Plague in India, 1896, 1897 - Volume 1
Year: 1896
Disease focus: Plague
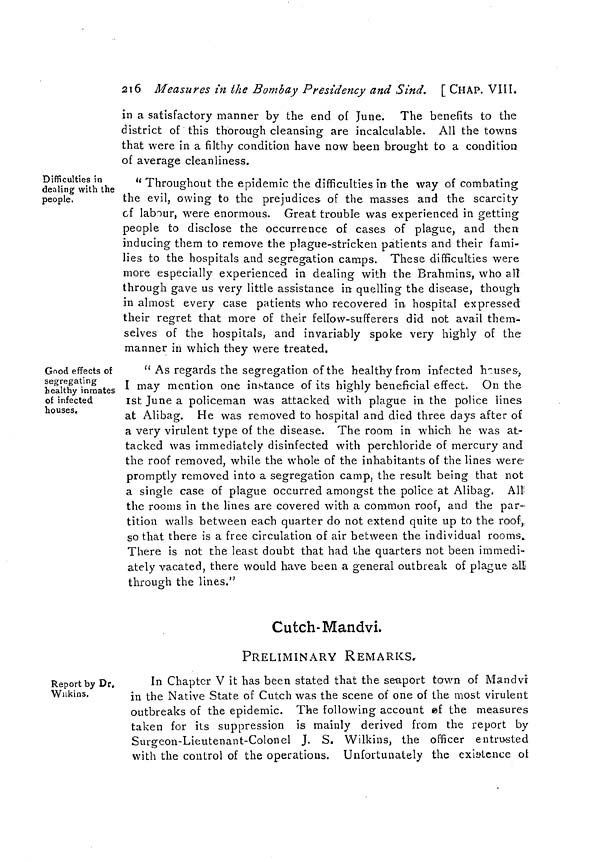
216 Measures in the Bombay Presidency and Sind. [CHAP. VIII.
in a satisfactory manner by the end of June. The benefits to the
district of this thorough cleansing are incalculable. All the towns
that were in a filthy condition have now been brought to a condition
of average cleanliness.
Difficulties in
dealing with the
people.
" Throughout the epidemic the difficulties in the way of combating
the evil, owing to the prejudices of the masses and the scarcity
of labour, were enormous. Great trouble was experienced in getting
people to disclose the occurrence of cases of plague, and then
inducing them to remove the plague-stricken patients and their fami-
lies to the hospitals and segregation camps. These difficulties were
more especially experienced in dealing with the Brahmins, who all
through gave us very little assistance in quelling the disease, though
in almost every case patients who recovered in hospital expressed
their regret that more of their fellow-sufferers did not avail them-
selves of the hospitals, and invariably spoke very highly of the
manner in which they were treated.
Good effects of
segregating
healthy inmates
of infected
houses.
"As regards the segregation of the healthy from infected houses,
I may mention one instance of its highly beneficial effect. On the
1st June a policeman was attacked with plague in the police lines
at Alibag. He was removed to hospital and died three days after of
a very virulent type of the disease. The room in which he was at-
tacked was immediately disinfected with perchloride of mercury and
the roof removed, while the whole of the inhabitants of the lines were
promptly removed into a segregation camp, the result being that not
a single case of plague occurred amongst the police at Alibag. All
the rooms in the lines are covered with a common roof, and the par-
tition walls between each quarter do not extend quite up to the roof,
so that there is a free circulation of air between the individual rooms.
There is not the least doubt that had the quarters not been immedi-
ately vacated, there would have been a general outbreak of plague all
through the lines."
Cutch-Mandvi.
PRELIMINARY REMARKS.
Report by Dr.
Wilkins.
In Chapter V it has been stated that the seaport town of Mandvi
in the Native State of Cutch was the scene of one of the most virulent
outbreaks of the epidemic. The following account of the measures
taken for its suppression is mainly derived from the report by
Surgeon-Lieutenant-Colonel J. S. Wilkins, the officer entrusted
with the control of the operations. Unfortunately the existence of